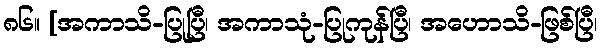
၈၆။ [အကာသိ-ပြုပြီ၊ အကာသုံ-ပြုကုန်ပြီ၊ အဟောသိ-ဖြစ်ပြီ၊